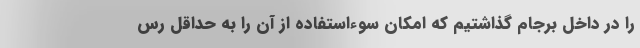
را در داخل برجام گذاشتیم که امکان سوءاستفاده از آن را به حداقل رس